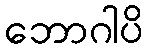
ဘောဂါပိ